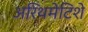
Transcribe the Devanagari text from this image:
अरिथमेटिशे